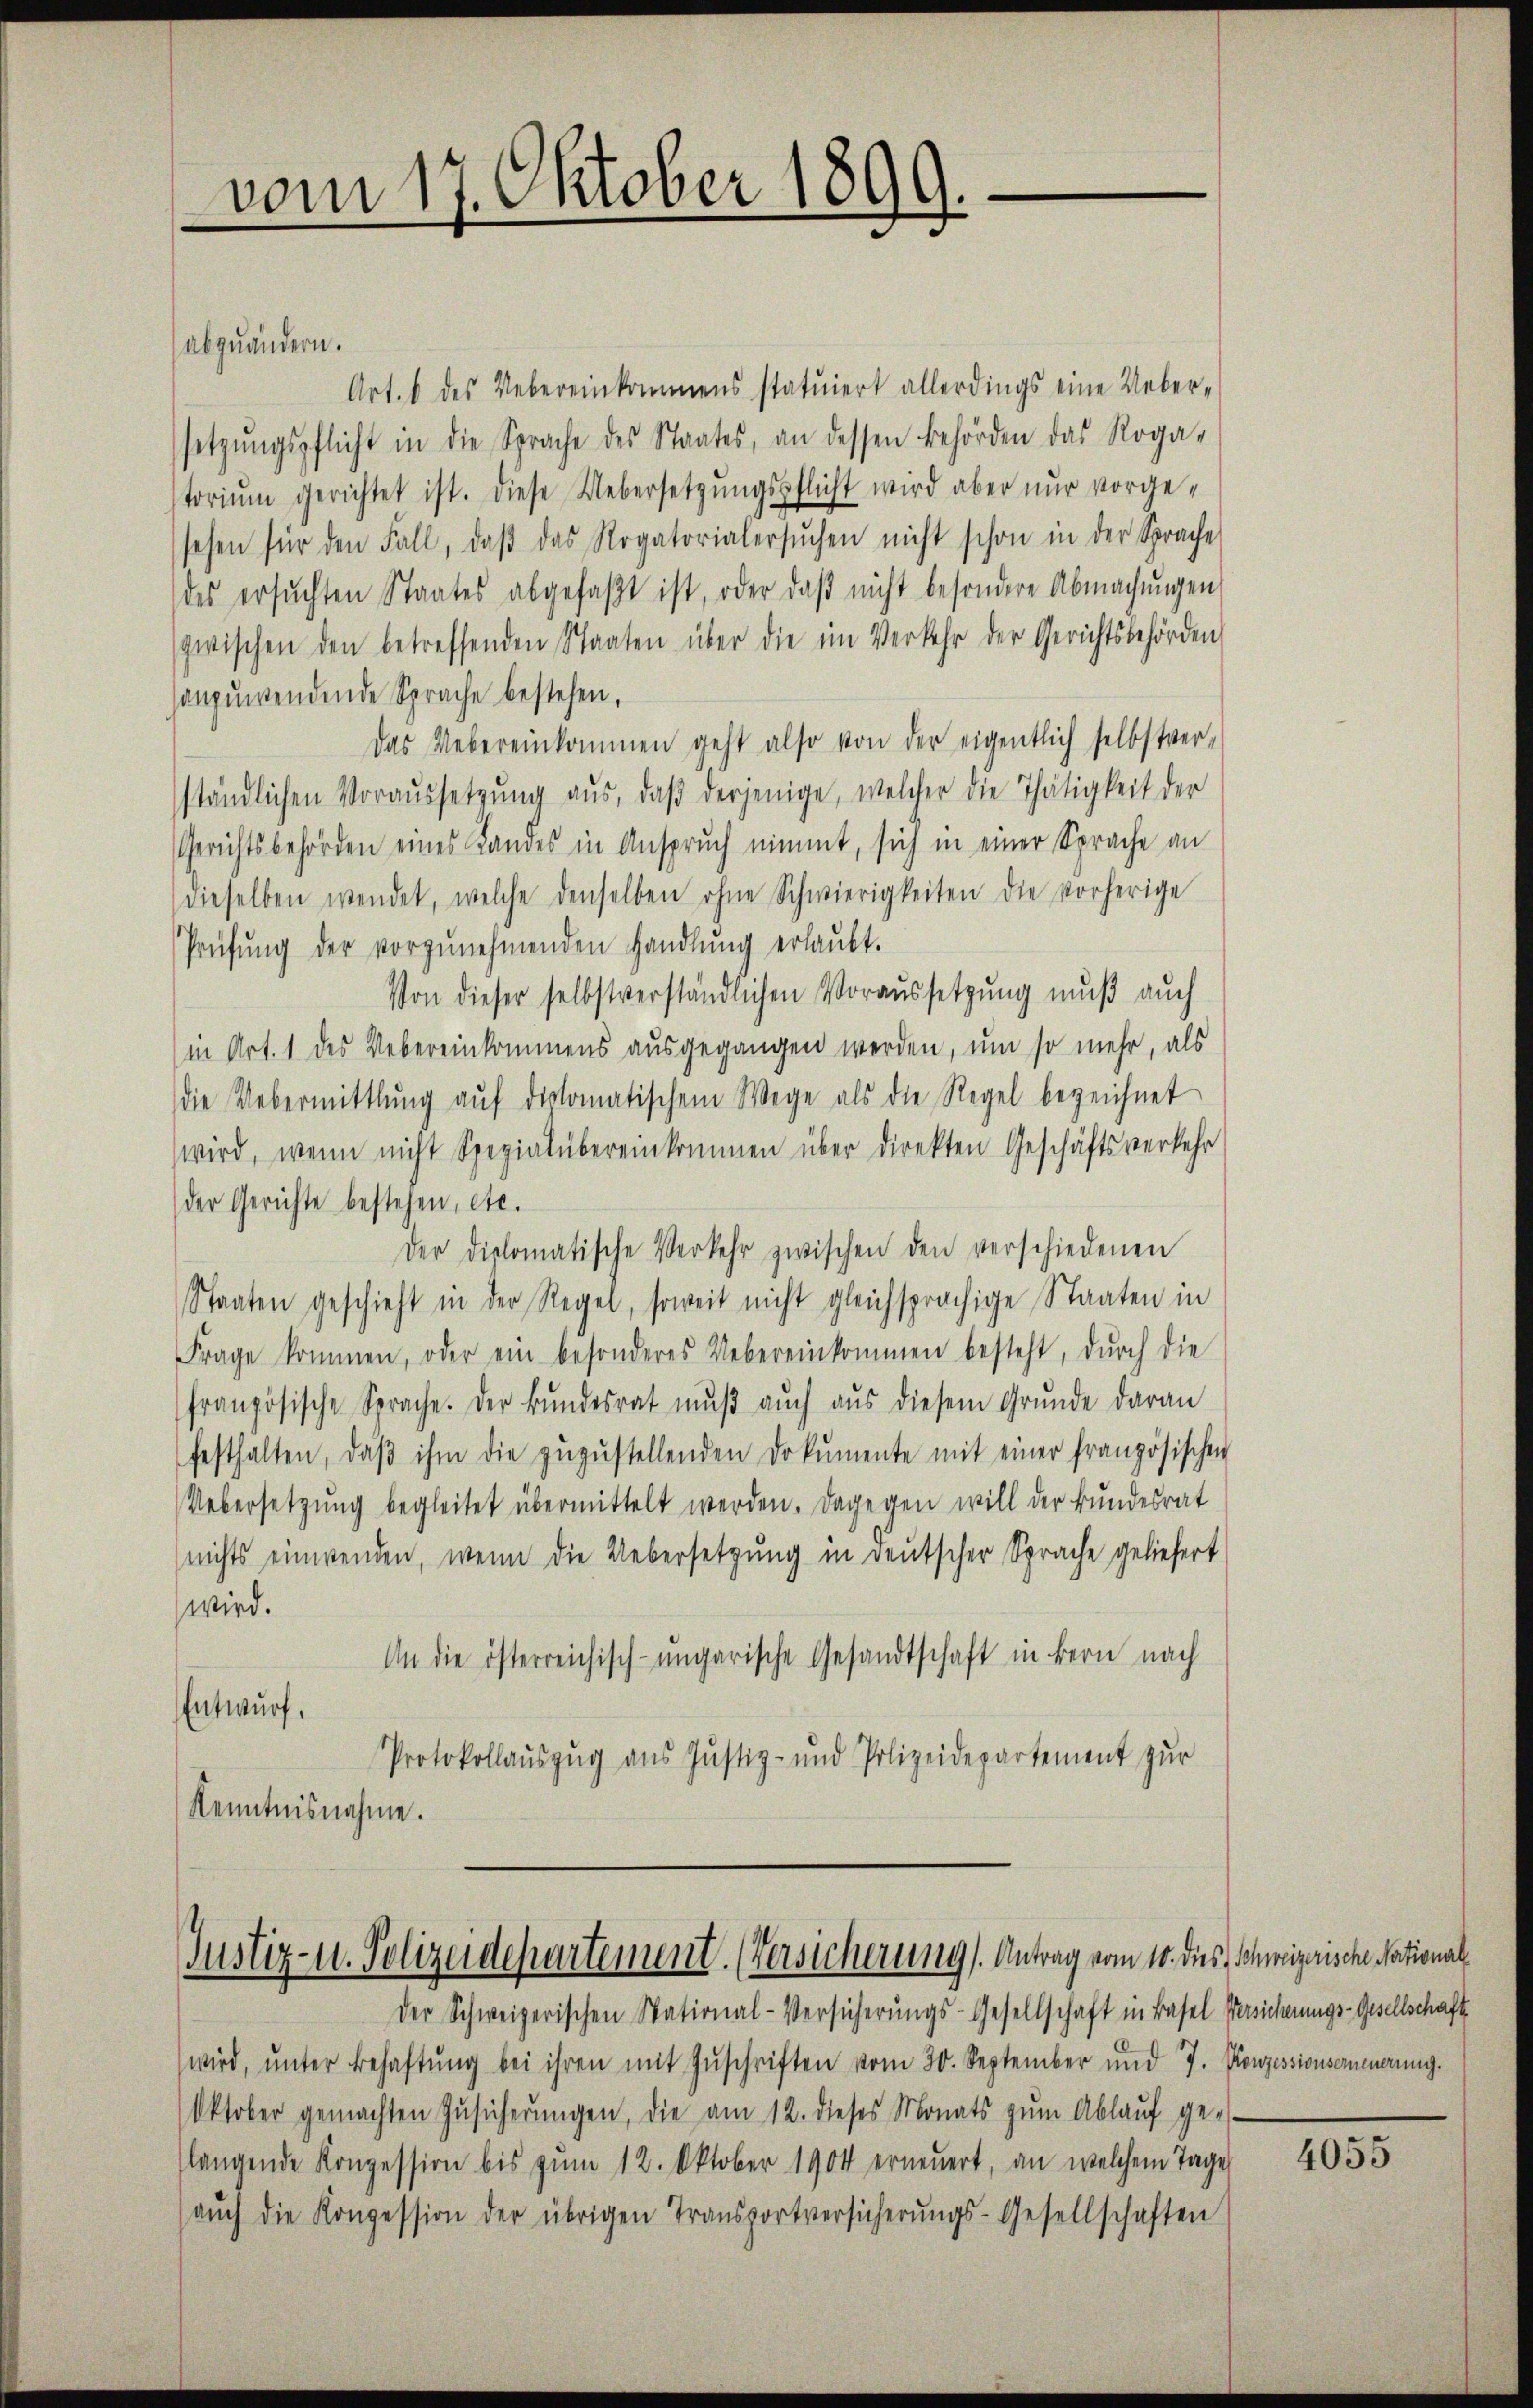
vom 17. Oktober 1899.

abzuändern.
Art. 6 des Uebereinkommens statuiert allerdings eine Ueber-
setzŭngspflicht in die Sprache des Staates, an dessen Behörden das Roga-
storiŭm gerichtet ist. Diese Uebersetzŭngspflicht wird aber nur vorgesehen für den Fall, daβ das Rogatorialersŭchen nicht schon in der Sprache
des ersŭchten Staates abgefaßt ist, oder daß nicht besondere Abmachungen
zwischen den betreffenden Staaten über die im Verkehr der Gerichtsbehörden
hanpuwendende Sprache bestehen,
Das Uebereinkommen geht also von der eigentlich selbstver-
ständlichen Voraussetzŭng aus, daβ derjenige, welcher die Thätigkeit der
Gerichtsbehörden eines Landes in Anspruch nimmt, sich in einer Sprache an
dieselben wendet, welche denselben ohne Schwierigkeiten die vorherige
Prüfŭng der vorzŭnehmenden Handlŭng erlaŭbt.
Von dieser selbstverständlichen Voraussetzung muß auch
(in Art. 1 des Uebereinkommens ausgegangen werden, um so mehr, als
die Uebermittlung aŭf diplomatischem Wege als die Regel bezeichnet
wird, wenn nicht Spezialübereinkommen über direkten Geschäftsverkehr
(der Gerichte bestehen, etc.
Der diplomatische Verkehr zwischen den verschiedenen
Staaten geschieht in der Regel, soweit nicht gleichsprächige Staaten in
Frage kommen, oder ein besonderes Uebereinkommen besteht, durch die
französische Sprache. Der Bŭndesrat mŭβ aŭch aŭs diesem Grŭnde daran
festhalten, daβ ihm die zŭzŭstellenden Dokumente mit einer französischen
Uebersetzŭng begleitet übermittelt werden. Dagegen will der Bundesrat
(nichts einwenden, wenn die Uebersetzung in deutscher Sprache geliefert
wird.
An die österreichisch-ungarische Gesandtschaft in Bern nach
Entwurf.
Protokollaŭszŭg ans Justiz- und Polizeidepartement zŭr
Kenntnisnahme.

Justiz- u. Polizeidepartement. (Versicherung. Antrag vom 14. d.

der Schweizerischen Stational-Versicherŭngs-Gesellschaft in Basel Versicherungs-Gesellschaft
wird, ŭnter Behaftŭng bei ihren mit Zŭschriften vom 30. September und 7. Konzessionserneuerung.
Oktober gemachten Zŭsicherŭngen, die am 12. dieses Monats zŭm Ablaŭf ge-
langende Konzession bis zŭm 12. Oktober 1904 erneuert, an welchem Tage
aŭch die Konzession der übrigen Transportversicherŭngs-Gesellschaften

ies, Schweizerische National

4055